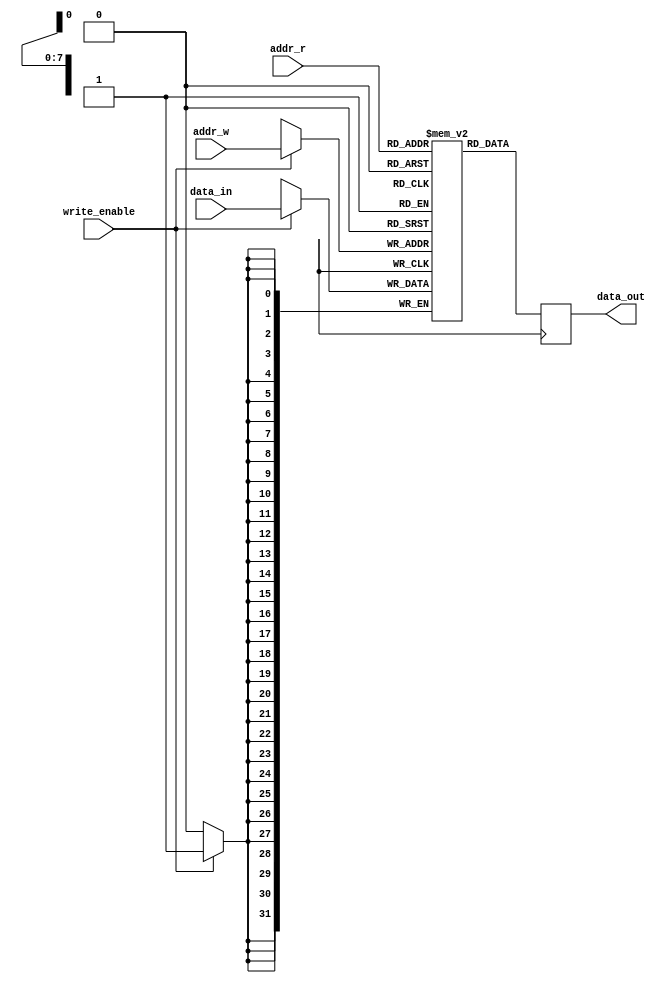
module register_file (input wire [7:0] addr_r,           // Read address
                        input wire [7:0] addr_w,           // Write address
                        input wire write_enable,           // Write enable signal
                        input wire [31:0] data_in,          // Input data for write operation
                        output reg [31:0] data_out);        // Output data for read operation

  reg [31:0] registers [0:255];      // Array of registers

  always @(posedge clock) begin
    if (write_enable) begin
      registers[addr_w] <= data_in;    // Write data to the specified register
    end
    data_out <= registers[addr_r];     // Read data from the specified register
  end

endmodule